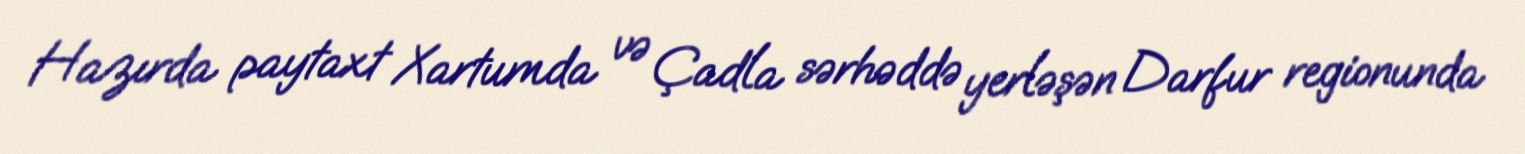
Hazırda paytaxt Xartumda və Çadla sərhəddə yerləşən Darfur regionunda